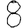
Digit: 8